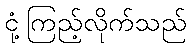
ငုံ့ကြည့်လိုက်သည်